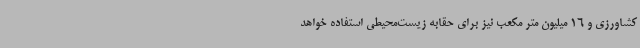
کشاورزی و 16 میلیون متر مکعب نیز برای حقابه زیست‌محیطی استفاده خواهد